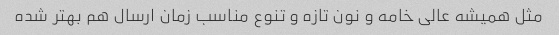
مثل همیشه عالی خامه و نون تازه و تنوع مناسب زمان ارسال هم بهتر شده